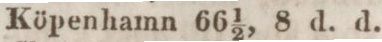
Köpenhamn 66 1/2, 8 d. d.